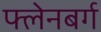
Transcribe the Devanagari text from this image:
फ्लेनबर्ग